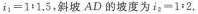
$$i_ { 1 } = 1 ：1 . 5$$，斜坡AD的坡度为$$i _ { 2 } = 1 ：2$$.